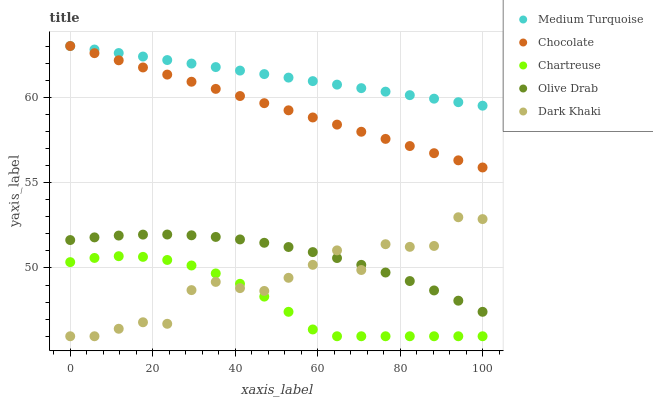
| xaxis_label | Medium Turquoise | Chocolate | Chartreuse | Olive Drab | Dark Khaki |
 | --- | --- | --- | --- | --- | --- |
 | 0 | 63 | 63 | 50.3 | 51.6 | 46 |
 | 5.88 | 62.8 | 62.6 | 50.6 | 51.8 | 46 |
 | 11.8 | 62.6 | 62.2 | 50.7 | 51.9 | 46.4 |
 | 17.6 | 62.4 | 61.7 | 50.6 | 52 | 46.8 |
 | 23.5 | 62.2 | 61.3 | 50.5 | 52 | 46.7 |
 | 29.4 | 62 | 60.9 | 50.1 | 51.9 | 48.7 |
 | 35.3 | 61.8 | 60.5 | 49.7 | 51.8 | 49.2 |
 | 41.2 | 61.6 | 60.1 | 49.1 | 51.7 | 48.8 |
 | 47.1 | 61.4 | 59.7 | 48.3 | 51.5 | 48.7 |
 | 52.9 | 61.1 | 59.2 | 47.4 | 51.2 | 49.4 |
 | 58.8 | 60.9 | 58.8 | 46.4 | 50.9 | 50.2 |
 | 64.7 | 60.7 | 58.4 | 46 | 50.6 | 51 |
 | 70.6 | 60.5 | 58 | 46 | 50.2 | 49.9 |
 | 76.5 | 60.3 | 57.6 | 46 | 49.7 | 51.4 |
 | 82.4 | 60.1 | 57.1 | 46 | 49.2 | 51.2 |
 | 88.2 | 59.9 | 56.7 | 46 | 48.7 | 51.3 |
 | 94.1 | 59.7 | 56.3 | 46 | 48.1 | 53 |
 | 100 | 59.5 | 55.9 | 46 | 47.4 | 52.9 |